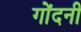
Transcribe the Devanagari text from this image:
गोंदनी